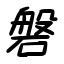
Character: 磐